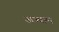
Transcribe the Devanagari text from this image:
अभ्याम